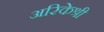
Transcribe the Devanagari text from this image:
अरिकेश्री